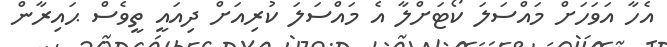
އެހާ އަވަހަށް މައްސަލަ ކޯޓަށްލާ އެ މައްސަލަ ކުރިއަށް ދިއައީ ތީވެސް ޙައިރާން